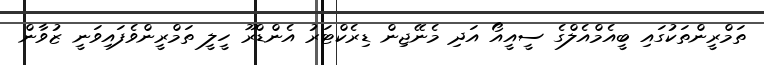
ތަމްރީންތަކުގައި ބީއެމްއެލްގެ ސީއީއޯ އަދި މެނޭޖިން ޑިރެކްޓަރު އެންޑްރޫ ހީލީ ތަމްރީންވެފައިވަނީ ޒުވާން